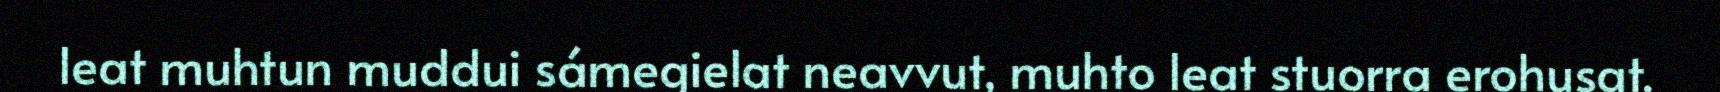
leat muhtun muddui sámegielat neavvut, muhto leat stuorra erohusat.